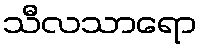
သီလသာရော